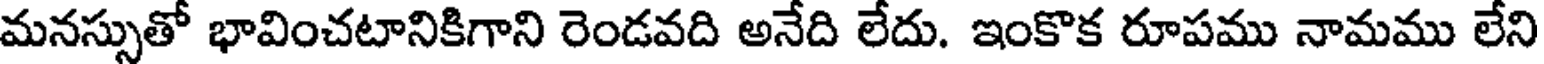
మనస్సుతో భావించటానికిగాని రెండవది అనేది లేదు. ఇంకొక రూపము నామము లేని